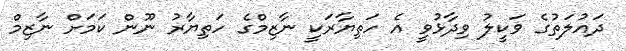
ދައުލަތުގެ ވަކީލު ވިދާޅުވީ އެ ހަތިޔާރަކީ ނާޒިމްގެ ހަތިޔާރު ނޫން ކަމަށް ނާޒިމް